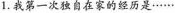
1.我第一次独自在家的经历是······